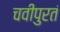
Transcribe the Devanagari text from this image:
चवीपुरतं